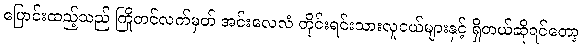
ပြောင်းထည့်သည် ကြိုတင်လက်မှတ် အင်းလေလံ တိုင်းရင်းသားလူငယ်များနှင့် ရှိတယ်ဆိုရင်တော့